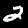
Label: 2